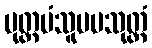
ပုတ္တမံသူပမသုတ္တံ